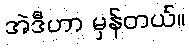
အဲဒီဟာ မှန်တယ်။